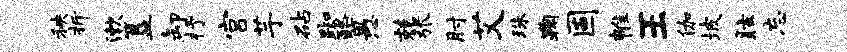
秧折漱簋卸抒宫芋砧踟酪愚兢张肘艾珠鞠固帷王伽坡眩忘